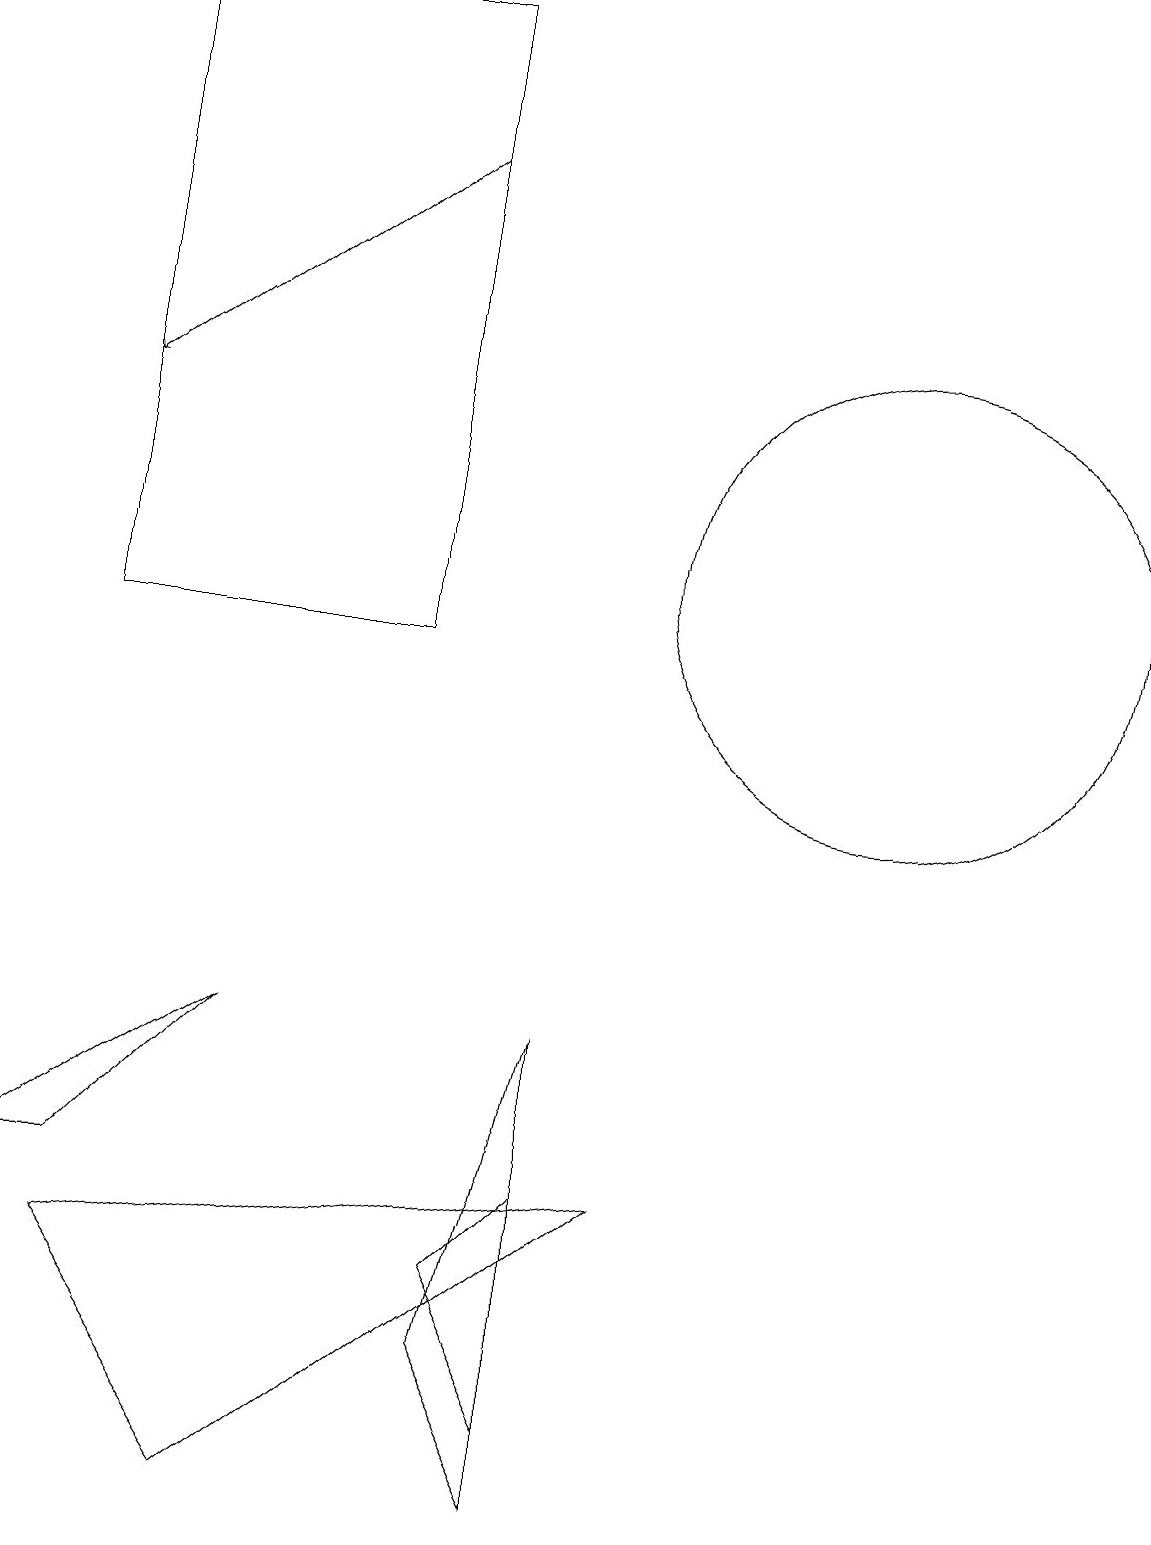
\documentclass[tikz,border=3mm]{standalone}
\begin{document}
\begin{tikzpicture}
\draw (7,1) -- (7,4) -- (6,3) -- cycle;
\draw (0,4) -- (1,4) -- (3,6) -- cycle;
\draw (8,4) -- (1,3) -- (3,0) -- cycle;
\draw[->] (5,17) -- (1,14);
\draw (11,12) circle (3);
\draw (1,19) rectangle (5,11);
\draw (6,2) -- (7,0) -- (7,6) -- cycle;
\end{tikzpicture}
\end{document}